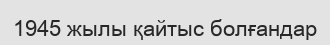
1945 жылы қайтыс болғандар